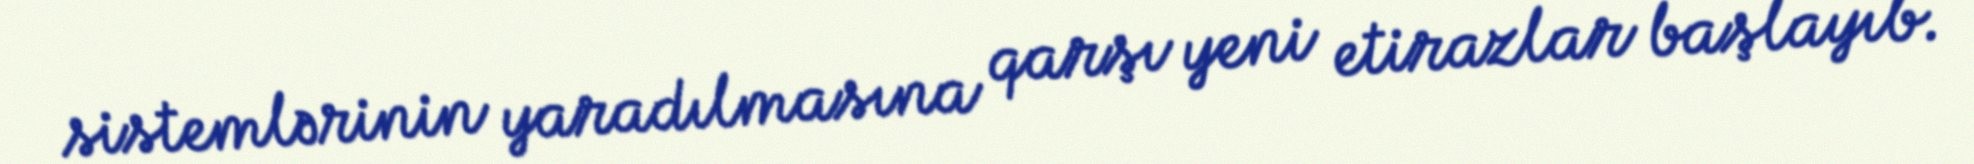
sistemlərinin yaradılmasına qarşı yeni etirazlar başlayıb.